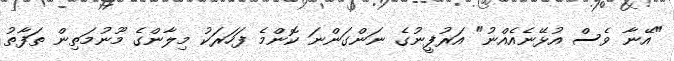
"އޭނާ ވެސް އުޅޭނެއެއްނު" އަރުފީނުގެ ނަންގަންނަ ކޮންމެ ފަހަރަކު މިލާންގެ މޫނުމަތިން ތަފާތު